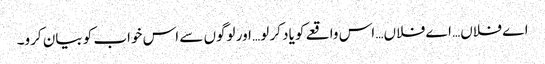
اے فلاں… اے فلاں… اس واقعے کو یاد کر لو… اور لوگوں سے اس خواب کو بیان کرو۔